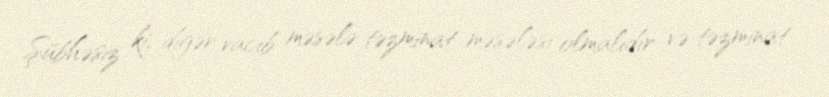
Şübhəsiz ki, digər vacib məsələ təzminat məsələsi olmalıdır və təzminat